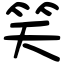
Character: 笑